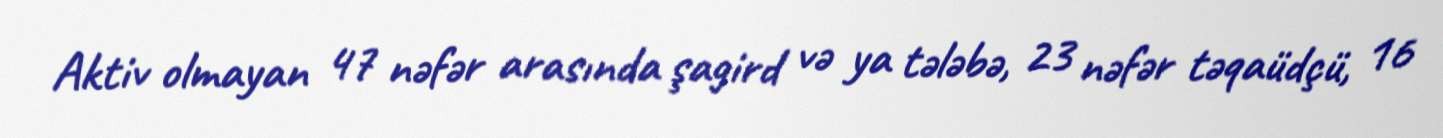
Aktiv olmayan 47 nəfər arasında şagird və ya tələbə, 23 nəfər təqaüdçü, 16